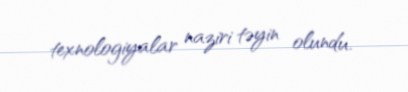
texnologiyalar naziri təyin olundu.